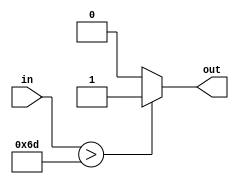
module greater109(
    input wire [7:0] in,
    output reg out);

    always @* begin
        if (in > 8'd109) begin
            out = 1'b1;
        end else begin
            out = 1'b0;
        end
    end

endmodule